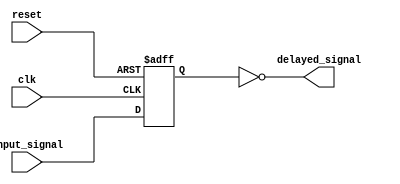
module TimingControlAndInverterDelay (
    input wire clk,
    input wire reset,
    input wire input_signal,
    output wire delayed_signal
);

reg delayed_signal_internal;

always @(posedge clk or posedge reset) begin
    if (reset) begin
        delayed_signal_internal <= 1'b0;
    end else begin
        delayed_signal_internal <= input_signal;
    end
end

assign delayed_signal = ~delayed_signal_internal;

endmodule